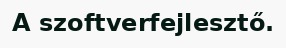
A szoftverfejlesztő.